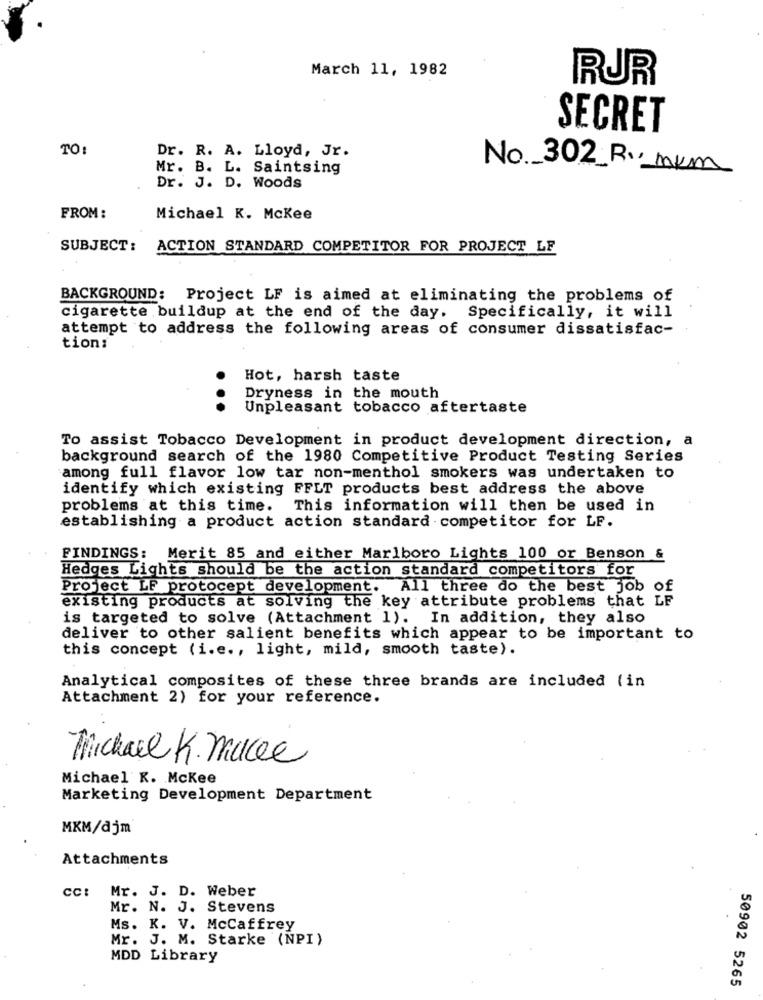
March 11, 1982
RUR
SECRET
TO:
Dr. R. A. Lloyd, Jr.
Mr. B. L. Saintsing
No. 302_ R. mKm
Dr. J. D. Woods
FROM :
Michael K. Mckee
SUBJECT: ACTION STANDARD COMPETITOR FOR PROJECT LF
BACKGROUND: Project LF is aimed at eliminating the problems of
cigarette buildup at the end of the day. Specifically, it will
attempt to address the following areas of consumer dissatisfac-
tion:
Hot, harsh taste
.
Dryness in the mouth
Unpleasant tobacco aftertaste
To assist Tobacco Development in product development direction, a
background search of the 1980 Competitive Product Testing Series
among full flavor low tar non-menthol smokers was undertaken to
identify which existing FFLT products best address the above
problems at this time. This information will then be used in
establishing a product action standard competitor for LF.
FINDINGS:
Merit 85 and either Marlboro Lights 100 or Benson &
Hedges Lights should be the action standard competitors for
Project LF protocept development. All three do the best job of
existing products at solving the key attribute problems that LF
is targeted to solve (Attachment 1).
In addition, they also
deliver to other salient benefits which appear to be important to
this concept (i.e ., light, mild, smooth taste).
Analytical composites of these three brands are included (in
Attachment 2) for your reference.
Michael K. macee
Michael K. Mckee
Marketing Development Department
MKM/djm
Attachments
CC:
Mr. J. D. Weber
Mr. N. J. Stevens
Ms. K. V. McCaffrey
Mr. J. M. Starke (NPI)
MDD Library
50902 5265